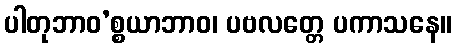
ပါတုဘာဝ’စ္စယာဘာဝ၊ ပဗလတ္တေ ပကာသနေ။